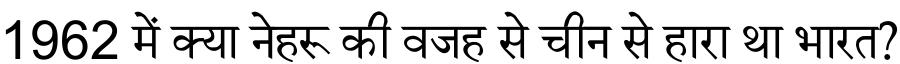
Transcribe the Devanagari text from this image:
1962 में क्या नेहरू की वजह से चीन से हारा था भारत?